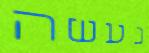
נעשה